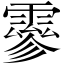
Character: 𩅙